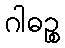
ဂါဓဉ္စ